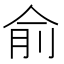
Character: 俞